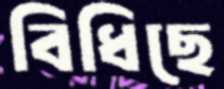
বিধিছে